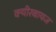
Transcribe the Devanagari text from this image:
क्यीरबायज